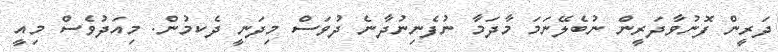
ދަރީން ފޮނުވާދަރީން ނުބެލޭނަމަ މާދަމާ ނުފެނިނުދާނެ ދުވަސް މިދަނީ ދެކމުން. މިއަދުވެސް މިއީ